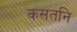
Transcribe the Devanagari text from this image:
कसतनि